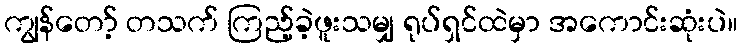
ကျွန်တော့် တသက် ကြည့်ခဲ့ဖူးသမျှ ရုပ်ရှင်ထဲမှာ အကောင်းဆုံးပဲ။